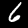
Label: 6